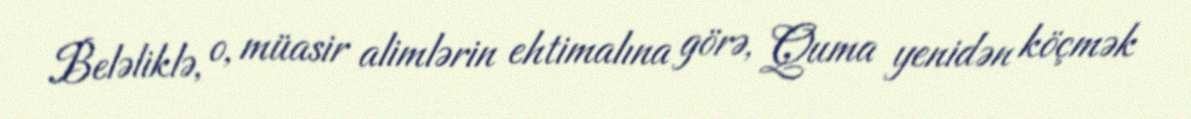
Beləliklə, o, müasir alimlərin ehtimalına görə, Quma yenidən köçmək